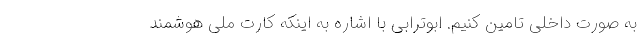
به صورت داخلی تامین کنیم. ابوترابی با اشاره به اینکه کارت ملی هوشمند